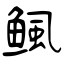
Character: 鲺